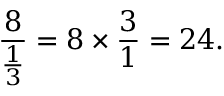
{ \frac { 8 } { \frac { 1 } { 3 } } } = 8 \times { \frac { 3 } { 1 } } = 2 4 .